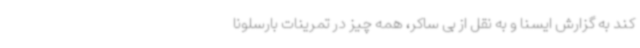
کند به گزارش ایسنا و به نقل از بی ساکر، همه چیز در تمرینات بارسلونا